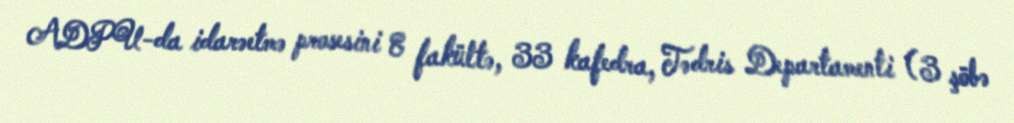
ADPU-da idarəetmə prosesini 8 fakültə, 33 kafedra, Tədris Departamenti (3 şöbə